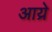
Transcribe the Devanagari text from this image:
आय्रे